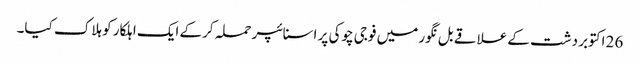
26 اکتوبر دشت کے علاقے بل نگور میں فوجی چوکی پر اسنائپر حملہ کرکے ایک اہلکار کو ہلاک کیا۔